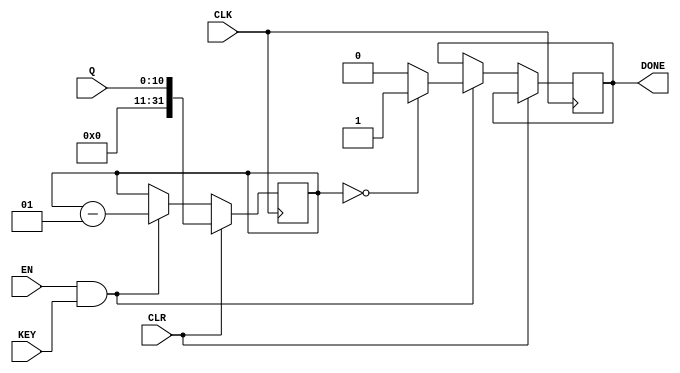
//Rudy Hill, Eric Dahl
//ECEN 2350
//Spring 2018
//
module Down_count(KEY,CLK,EN,CLR,Q,DONE);
	input KEY,CLK,EN,CLR;
	input [10:0] Q;
	output reg DONE;
	integer count;
	
	always @(posedge CLK)
	begin
		if (CLR)
			count <= Q;
		else if (EN & KEY)
		begin
			count <= count - 1;
			if (count == 0)
				DONE <= 1;
			else
				DONE <= 0;
		end
	end
endmodule